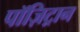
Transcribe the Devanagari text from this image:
पॉज़िट्रान